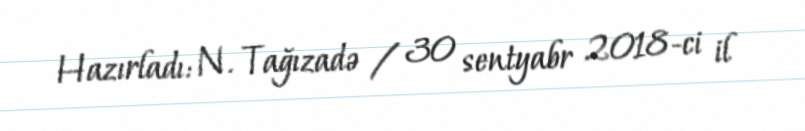
Hazırladı: N. Tağızadə / 30 sentyabr 2018-ci il